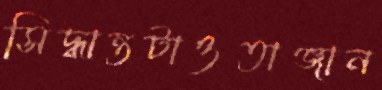
সিদ্ধান্তটাওতাঞ্জান